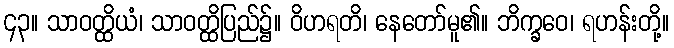
၄၃။ သာဝတ္ထိယံ၊ သာဝတ္ထိပြည်၌။ ဝိဟရတိ၊ နေတော်မူ၏။ ဘိက္ခဝေ၊ ရဟန်းတို့။